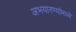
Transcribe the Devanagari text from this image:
अभयारण्यांमध्ये